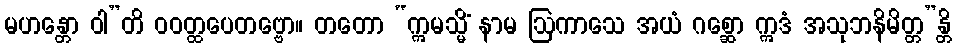
မဟန္တော ဝါ”တိ ဝဝတ္ထပေတဗ္ဗော။ တတော “ဣမသ္မိံ နာမ ဩကာသေ အယံ ဂစ္ဆော ဣဒံ အသုဘနိမိတ္တ”န္တိ